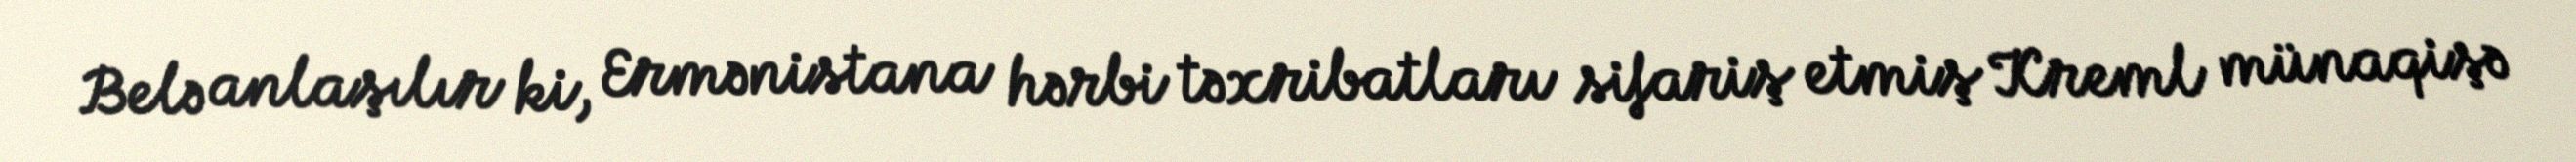
Belə anlaşılır ki, Ermənistana hərbi təxribatları sifariş etmiş Kreml münaqişə